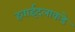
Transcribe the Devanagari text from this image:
हवाईदलाकडे